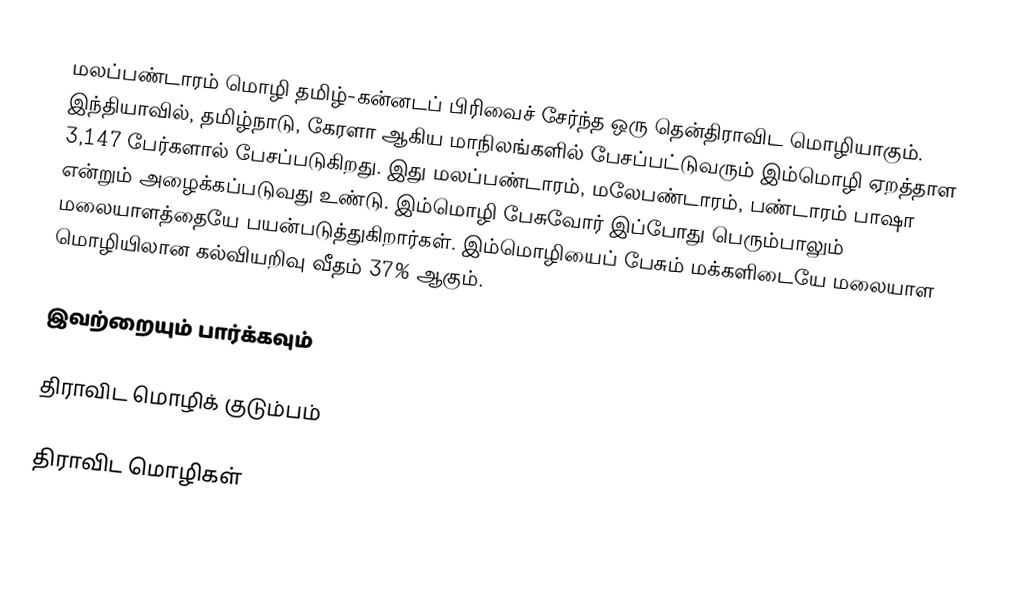
மலப்பண்டாரம் மொழி தமிழ்-கன்னடப் பிரிவைச் சேர்ந்த ஒரு தென்திராவிட மொழியாகும். இந்தியாவில், தமிழ்நாடு, கேரளா ஆகிய மாநிலங்களில் பேசப்பட்டுவரும் இம்மொழி ஏறத்தாள 3,147 பேர்களால் பேசப்படுகிறது. இது மலப்பண்டாரம், மலேபண்டாரம், பண்டாரம் பாஷா என்றும் அழைக்கப்படுவது உண்டு. இம்மொழி பேசுவோர் இப்போது பெரும்பாலும் மலையாளத்தையே பயன்படுத்துகிறார்கள். இம்மொழியைப் பேசும் மக்களிடையே மலையாள மொழியிலான கல்வியறிவு வீதம் 37% ஆகும்.

இவற்றையும் பார்க்கவும்

 திராவிட மொழிக் குடும்பம்

திராவிட மொழிகள்